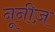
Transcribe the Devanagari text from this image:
नूनीज़